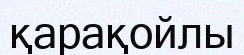
қарақойлы